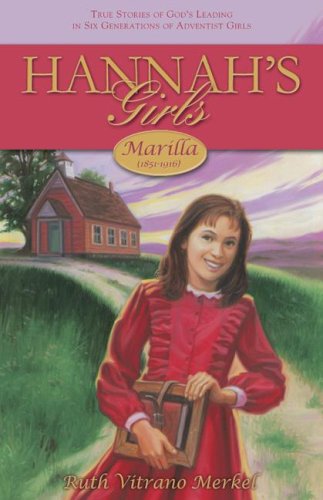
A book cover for Marilla 1851-1916 (Hannah's Girls); Ruth Vitrano Merkel; Christian Books & Bibles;